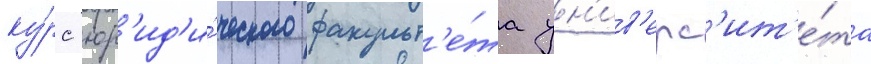
ку́рс юр'ид'и́ческого факульт'е́та ун'ив'ерс'ит'е́та